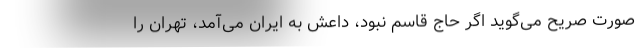
صورت صریح می‌گوید اگر حاج قاسم نبود، داعش به ایران می‌آمد، تهران را